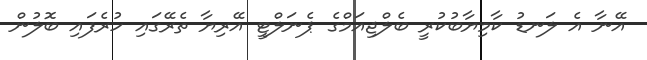
އޭނާ އެ ލަނޑު ކާމިޔާބުކުރީ ބެލްޖިއަމްގެ ޕެނަލްޓީ އޭރިޔާ ތެރޭގައި ހުރެފައި ބޮލުން